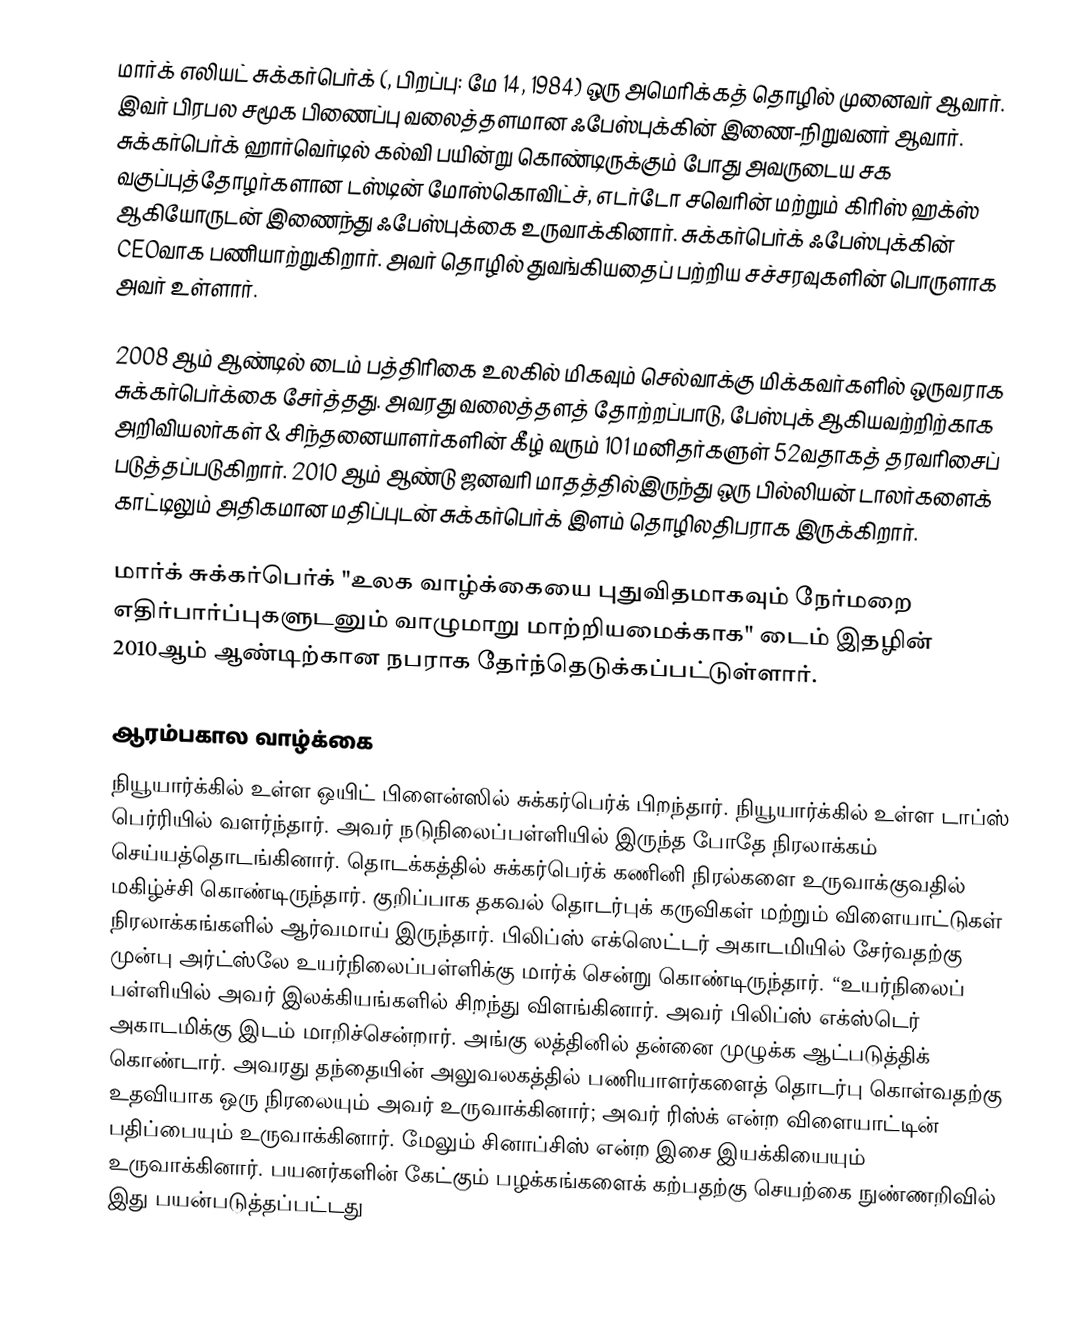
மார்க் எலியட் சுக்கர்பெர்க் (, பிறப்பு: மே 14, 1984) ஒரு அமெரிக்கத் தொழில் முனைவர் ஆவார். இவர் பிரபல சமூக பிணைப்பு வலைத்தளமான ஃபேஸ்புக்கின் இணை-நிறுவனர் ஆவார். சுக்கர்பெர்க் ஹார்வெர்டில் கல்வி பயின்று கொண்டிருக்கும் போது அவருடைய சக வகுப்புத்தோழர்களான டஸ்டின் மோஸ்கொவிட்ச், எடர்டோ சவெரின் மற்றும் கிரிஸ் ஹக்ஸ் ஆகியோருடன் இணைந்து ஃபேஸ்புக்கை உருவாக்கினார். சுக்கர்பெர்க் ஃபேஸ்புக்கின் CEOவாக பணியாற்றுகிறார். அவர் தொழில் துவங்கியதைப் பற்றிய சச்சரவுகளின் பொருளாக அவர் உள்ளார்.

2008 ஆம் ஆண்டில் டைம் பத்திரிகை உலகில் மிகவும் செல்வாக்கு மிக்கவர்களில் ஒருவராக சுக்கர்பெர்க்கை சேர்த்தது. அவரது வலைத்தளத் தோற்றப்பாடு, பேஸ்புக் ஆகியவற்றிற்காக அறிவியலர்கள் & சிந்தனையாளர்களின் கீழ் வரும் 101 மனிதர்களுள் 52வதாகத் தரவரிசைப் படுத்தப்படுகிறார். 2010 ஆம் ஆண்டு ஜனவரி மாதத்தில்இருந்து ஒரு பில்லியன் டாலர்களைக் காட்டிலும் அதிகமான மதிப்புடன் சுக்கர்பெர்க் இளம் தொழிலதிபராக இருக்கிறார்.

மார்க் சுக்கர்பெர்க் "உலக வாழ்க்கையை புதுவிதமாகவும் நேர்மறை எதிர்பார்ப்புகளுடனும் வாழுமாறு மாற்றியமைக்காக" டைம் இதழின் 2010ஆம் ஆண்டிற்கான நபராக தேர்ந்தெடுக்கப்பட்டுள்ளார்.

ஆரம்பகால வாழ்க்கை
நியூயார்க்கில் உள்ள ஒயிட் பிளைன்ஸில் சுக்கர்பெர்க் பிறந்தார். நியூயார்க்கில் உள்ள டாப்ஸ் பெர்ரியில் வளர்ந்தார். அவர் நடுநிலைப்பள்ளியில் இருந்த போதே நிரலாக்கம் செய்யத்தொடங்கினார். தொடக்கத்தில் சுக்கர்பெர்க் கணினி நிரல்களை உருவாக்குவதில் மகிழ்ச்சி கொண்டிருந்தார். குறிப்பாக தகவல் தொடர்புக் கருவிகள் மற்றும் விளையாட்டுகள் நிரலாக்கங்களில் ஆர்வமாய் இருந்தார். பிலிப்ஸ் எக்ஸெட்டர் அகாடமியில் சேர்வதற்கு முன்பு அர்ட்ஸ்லே உயர்நிலைப்பள்ளிக்கு மார்க் சென்று கொண்டிருந்தார். “உயர்நிலைப் பள்ளியில் அவர் இலக்கியங்களில் சிறந்து விளங்கினார். அவர் பிலிப்ஸ் எக்ஸ்டெர் அகாடமிக்கு இடம் மாறிச்சென்றார். அங்கு லத்தினில் தன்னை முழுக்க ஆட்படுத்திக் கொண்டார். அவரது தந்தையின் அலுவலகத்தில் பணியாளர்களைத் தொடர்பு கொள்வதற்கு உதவியாக ஒரு நிரலையும் அவர் உருவாக்கினார்; அவர் ரிஸ்க் என்ற விளையாட்டின் பதிப்பையும் உருவாக்கினார். மேலும் சினாப்சிஸ் என்ற இசை இயக்கியையும் உருவாக்கினார். பயனர்களின் கேட்கும் பழக்கங்களைக் கற்பதற்கு செயற்கை நுண்ணறிவில் இது பயன்படுத்தப்பட்டது